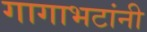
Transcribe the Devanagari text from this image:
गागाभटांनी